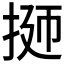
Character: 𭠹